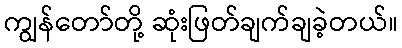
ကျွန်တော်တို့ ဆုံးဖြတ်ချက်ချခဲ့တယ်။